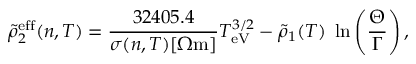
\tilde { \rho } _ { 2 } ^ { \mathrm { e f f } } ( n , T ) = \frac { 3 2 4 0 5 . 4 } { \sigma ( n , T ) [ \Omega \mathrm { m } ] } T _ { \mathrm { e V } } ^ { 3 / 2 } - \tilde { \rho } _ { 1 } ( T ) \, \, \ln \left( \frac { \Theta } { \Gamma } \right) ,